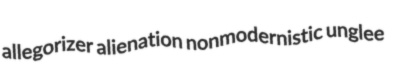
allegorizer alienation nonmodernistic unglee